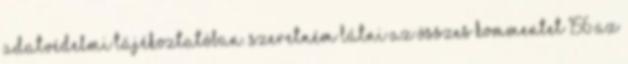
adatvédelmi tájékoztatóban. Szeretném látni az összes kommentet 156 Az